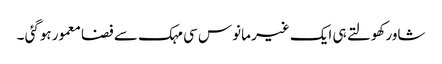
شاور کھولتے ہی ایک غیر مانوس سی مہک سے فضا معمور ہوگئی ۔